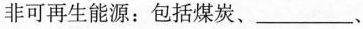
非可再生能源：包括煤炭、____、